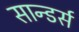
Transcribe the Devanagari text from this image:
सान्डर्स